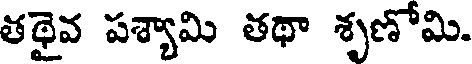
తథైవ పశ్యామి తథా శృణోమి.